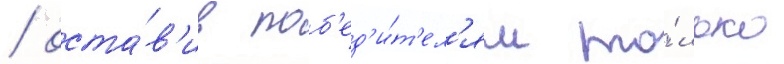
/ оста́в'ив поб'ед'и́т'ел'ям то́лько